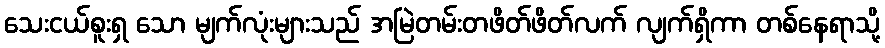
သေးငယ်စူးရှ သော မျက်လုံးများသည် အမြဲတမ်းတဖိတ်ဖိတ်လက် လျက်ရှိကာ တစ်နေရာသို့